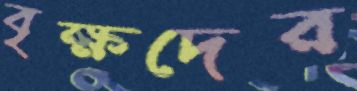
বৃক্ষদের